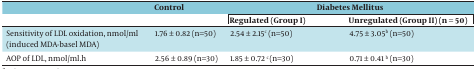
<table><thead><tr><td></td><td><b>Control</b></td><td colspan="2"><b>Diabetes Mellitus</b></td></tr><tr><td></td><td></td><td><b>Regulated (Group I)</b></td><td><b>Unregulated (Group II) (n = 50)</b></td></tr></thead><tbody><tr><td>Sensitivity of LDL oxidation, nmol/ml (induced MDA-basel MDA)</td><td>1.76 ± 0.82 (n=50)</td><td>2.54 ± 2.15<sup>c</sup> (n=50)</td><td>4.75 ± 3.05<sup>b</sup> (n=50)</td></tr><tr><td>AOP of LDL, nmol/ml.h</td><td>2.56 ± 0.89 (n=30)</td><td>1.85 ± 0.72 <sup>c</sup> (n=30)</td><td>0.71 ± 0.41 <sup>b</sup> (n=30)</td></tr></tbody></table>